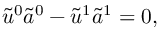
\tilde { u } ^ { 0 } \tilde { a } ^ { 0 } - \tilde { u } ^ { 1 } \tilde { a } ^ { 1 } = 0 ,